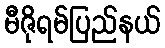
မီဇိုရမ်ပြည်နယ်